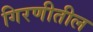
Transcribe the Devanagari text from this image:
गिरणीतील